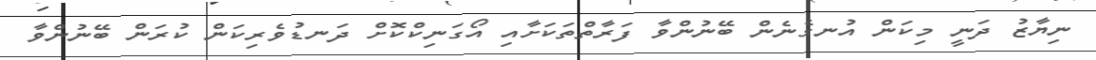
ނިޔާޒު ދަނީ މިކަން އުނގެނެން ބޭނުންވާ ފަރާތްތަކަށާއި އޯގަނިކްކޮށް ދަނޑުވެރިކަން ކުރަން ބޭނުންވާ